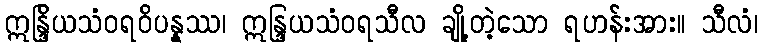
ဣန္ဒြိယသံဝရဝိပန္နဿ၊ ဣန္ဒြယသံဝရသီလ ချို့တဲ့သော ရဟန်းအား။ သီလံ၊